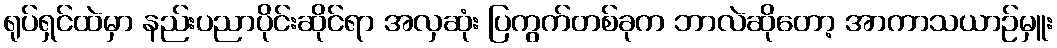
ရုပ်ရှင်ထဲမှာ နည်းပညာပိုင်းဆိုင်ရာ အလှဆုံး ပြကွက်တစ်ခုက ဘာလဲဆိုတော့ အာကာသယာဉ်မှူး